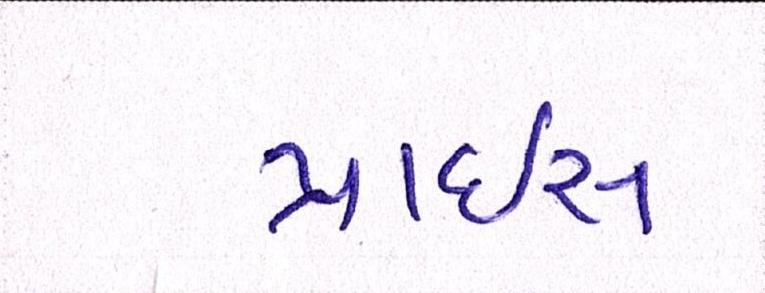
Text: પ્રાઇસ